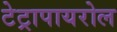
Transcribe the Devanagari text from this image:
टेट्रापायरोल